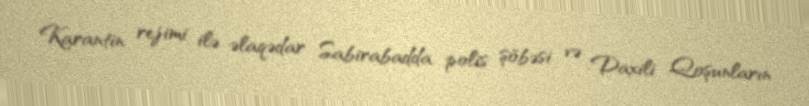
Karantin rejimi ilə əlaqədar Sabirabadda polis şöbəsi və Daxili Qoşunların